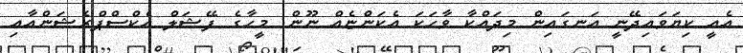
އެއީ ކިޔަވައިދޭނީ އަނގައިން މިދައްކާ ވާހަކަ އެކަންޏެއް ނޫން. މީހާގެ ފޭޝަލް އެކްސްޕްރެޝަންއާއި